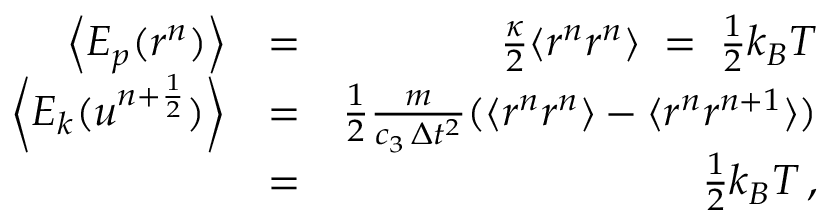
\begin{array} { r l r } { \left\langle E _ { p } ( r ^ { n } ) \right\rangle } & { = } & { \frac { \kappa } { 2 } \langle r ^ { n } r ^ { n } \rangle \; = \; \frac { 1 } { 2 } k _ { B } T } \\ { \left\langle E _ { k } ( u ^ { n + \frac { 1 } { 2 } } ) \right\rangle } & { = } & { \frac { 1 } { 2 } \frac { m } { c _ { 3 } \, \Delta { t } ^ { 2 } } ( \langle r ^ { n } r ^ { n } \rangle - \langle r ^ { n } r ^ { n + 1 } \rangle ) } \\ & { = } & { \frac { 1 } { 2 } k _ { B } T \, , } \end{array}